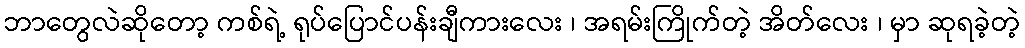
ဘာတွေလဲဆိုတော့ ကစ်ရဲ့ ရုပ်ပြောင်ပန်းချီကားလေး ၊ အရမ်းကြိုက်တဲ့ အိတ်လေး ၊ မှာ ဆုရခဲ့တဲ့